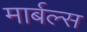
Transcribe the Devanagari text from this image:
मार्बल्स